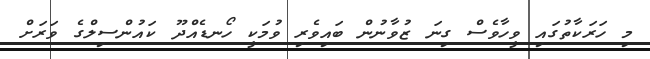
މި ހަރަކާތުގައި ވީހާވެސް ގިނަ ޒުވާނުން ބައިވެރި ވުމަކީ ހޯނޑެއްދޫ ކައުންސިލްގެ ވަރަށް